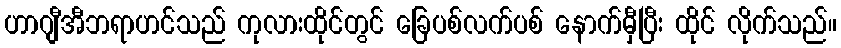
ဟာဂျီအီဘရာဟင်သည် ကုလားထိုင်တွင် ခြေပစ်လက်ပစ် နောက်မှီပြီး ထိုင် လိုက်သည်။